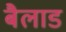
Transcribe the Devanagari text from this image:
बैलाड